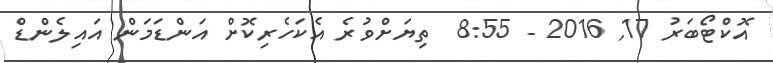
އޮކްޓޯބަރު 17